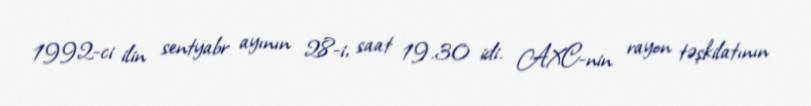
1992-ci ilin sentyabr ayının 28-i, saat 19.30 idi. AXC-nin rayon təşkilatının